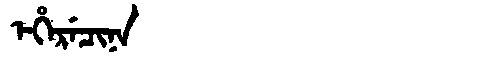
Manchu: ᡝᡥᡝᡵᡝᠴᡳᠨᠠ
Romanization: EHERECINA